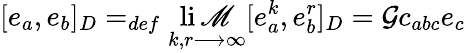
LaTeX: [e_{a},e_{b}]_{D}=_{def}\operatorname*{li\mathscr{M}}_{k,r\longrightarrow\infty}[e_{a}^{k},e_{b}^{r}]_{D}=\mathcal{G}c_{abc}e_{c}